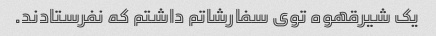
یک شیرقهوه توی سفارشاتم داشتم که نفرستادند.